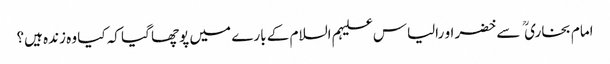
امام بخاری  سے خضر او رالیاس علیہم السلام کے بارے میں پوچھا گیا کہ کیا وہ زندہ ہیں؟